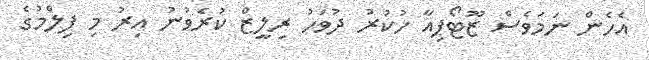
އެހެން ނަމަވެސް ޒޫޓޯޕިއާ ހުކުރު ދުވަހު ރިލީޒް ކުރެވުނު އިރު މި ފިލްމުގެ